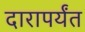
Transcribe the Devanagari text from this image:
दारापर्यंत